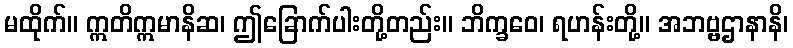
မထိုက်။ ဣတိဣမာနိဆ၊ ဤခြောက်ပါးတို့တည်း။ ဘိက္ခဝေ၊ ရဟန်းတို့။ အဘဗ္ဗဌာနာနိ၊